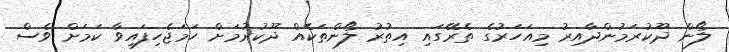
ލޯން ދޫކުރަމުންދާއިރު މިއަހަރުގެ ތެރޭގައި އިތުރު ލޯންތަކެއް ދޫކުރުމަށް ހަމަޖެހިފައިވާ ކަމަށް ވެސް